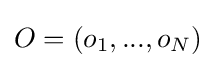
O=(o_{1},...,o_{N})